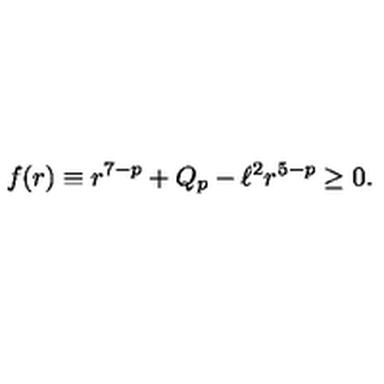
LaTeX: f ( r ) \equiv r ^ { 7 - p } + Q _ { p } - \ell ^ { 2 } r ^ { 5 - p } \ge 0 .